Annual administration report of the Civil Veterinary Department of India - 1894-1895
Year: 1894
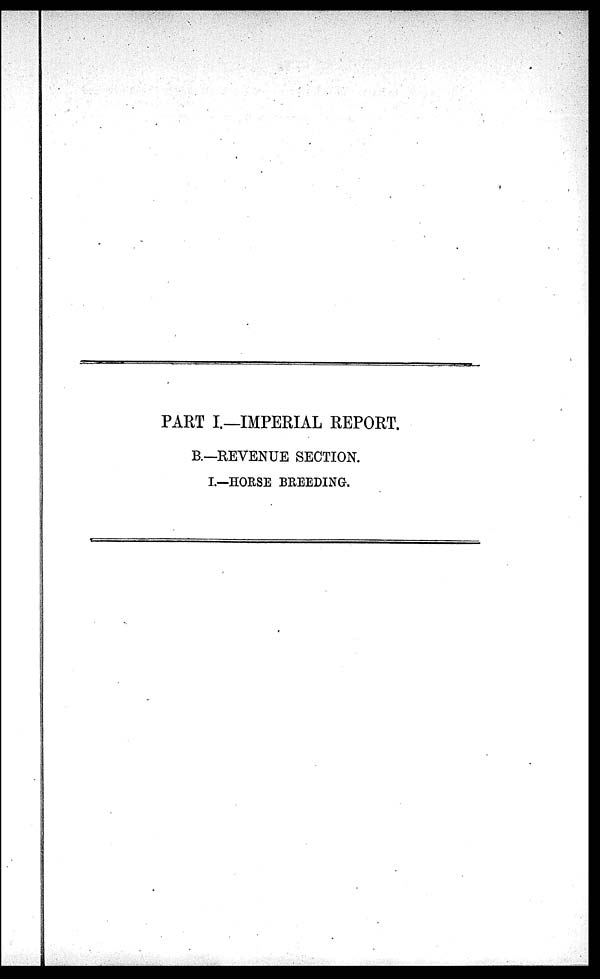
PART I.—IMPERIAL REPORT.
B.—REVENUE SECTION.
I.—HORSE BREEDING.